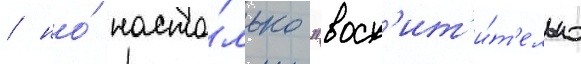
/ но́ насто́лько "восх'ит'и́т'ельно